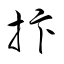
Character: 抃